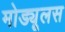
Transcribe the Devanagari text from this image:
मोड्यूलस